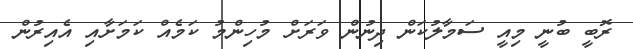
ރޮބީ ބުނީ މިއީ ސަމާލުކަން ދިނުން ވަރަށް މުހިންމު ކަމެއް ކަމަށާއި އެއިރުން